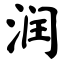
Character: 润